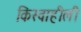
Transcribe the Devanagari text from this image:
किस्वाहीली